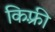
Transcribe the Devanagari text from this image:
किफ़्री